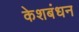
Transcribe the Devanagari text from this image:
केशबंधन